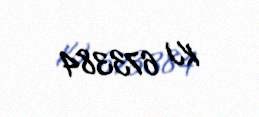
KJ 673384